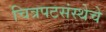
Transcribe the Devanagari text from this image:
चित्रपटसंस्थेचे